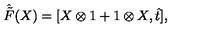
\hat { \tilde { F } } ( X ) = [ X \otimes 1 + 1 \otimes X , \hat { t } ] ,